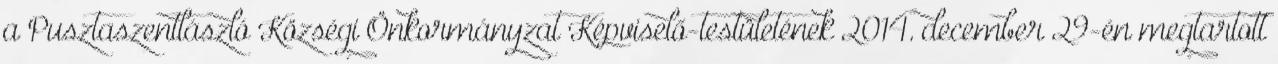
a Pusztaszentlászló Községi Önkormányzat Képviselő-testületének 2014. december 29-én megtartott